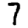
Digit: 7